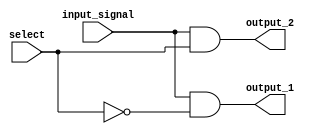
module demux_1to2 (
    input wire input_signal,
    input wire select,
    output reg output_1,
    output reg output_2
);

always @(*) begin
    output_1 = (input_signal & ~select);
    output_2 = (input_signal & select);
end

endmodule